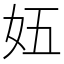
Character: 𫰌